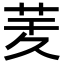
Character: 𦮖